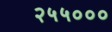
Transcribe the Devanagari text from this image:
२५५०००